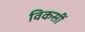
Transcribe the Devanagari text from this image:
विकसीं